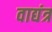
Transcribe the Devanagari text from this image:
वाद्यंत्र